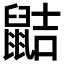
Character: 𪕖